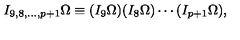
I _ { 9 , 8 , \ldots , p + 1 } \Omega \equiv ( I _ { 9 } \Omega ) ( I _ { 8 } \Omega ) \cdots ( I _ { p + 1 } \Omega ) ,